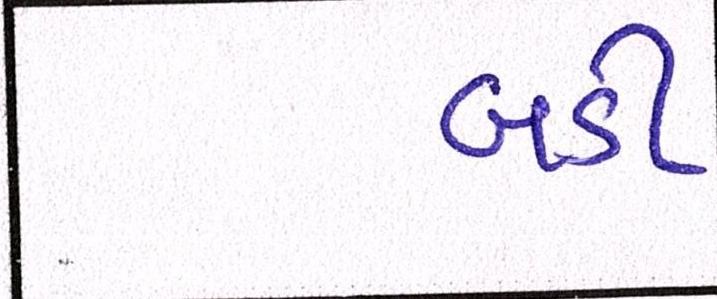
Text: બડી